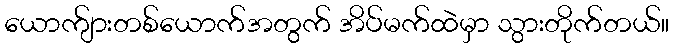
ယောက်ျားတစ်ယောက်အတွက် အိပ်မက်ထဲမှာ သွားတိုက်တယ်။